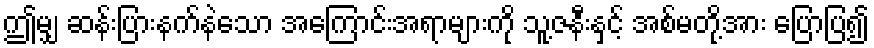
ဤမျှ ဆန်းပြားနက်နဲသော အကြောင်းအရာများကို သူ့ဇနီးနှင့် အစ်မတို့အား ပြောပြ၍